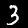
Digit: 3